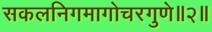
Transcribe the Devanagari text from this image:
सकलनिगमागोचरगुणे॥२॥